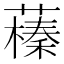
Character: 𦿒